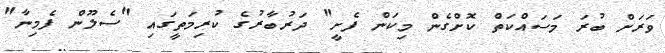
ވަރަށް ބުރަ މަސައްކަތް ކޮށްގެން މިކަން ފެށީ" ދަރުބާރުގެ ކުރިމަތީގައި "ސެލޫން ފެމިނާ"